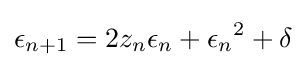
\epsilon _{n+1}=2z_{n}\epsilon _{n}+{\epsilon _{n}}^{2}+\delta